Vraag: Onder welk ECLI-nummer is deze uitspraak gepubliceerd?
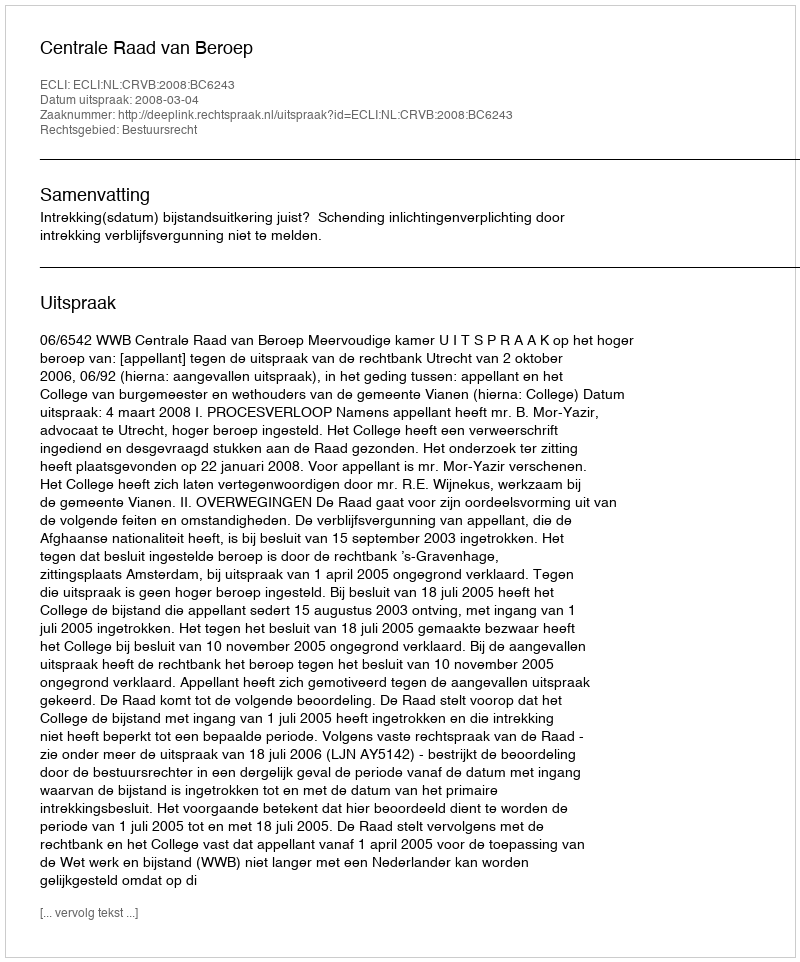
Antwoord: ECLI:NL:CRVB:2008:BC6243